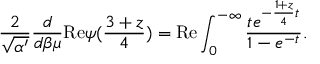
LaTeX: \frac { 2 } { \sqrt { \alpha ^ { \prime } } } \frac { d } { d \beta \mu } \mathrm { R e } \psi ( \frac { 3 + z } { 4 } ) = \mathrm { R e } \int _ { 0 } ^ { - \infty } \frac { t e ^ { - \frac { 1 + z } { 4 } t } } { 1 - e ^ { - t } } .